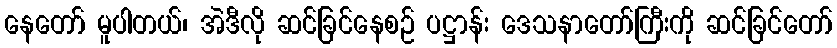
နေတော် မူပါတယ်၊ အဲဒီလို ဆင်ခြင်နေစဉ် ပဋ္ဌာန်း ဒေသနာတော်ကြီးကို ဆင်ခြင်တော်